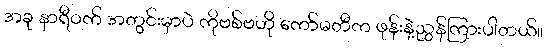
အခု နာရီဝက် အတွင်းမှာပဲ ကိုဗစ်ဗဟို ကော်မတီက ဖုန်းနဲ့ညွှန်ကြားပါတယ်။